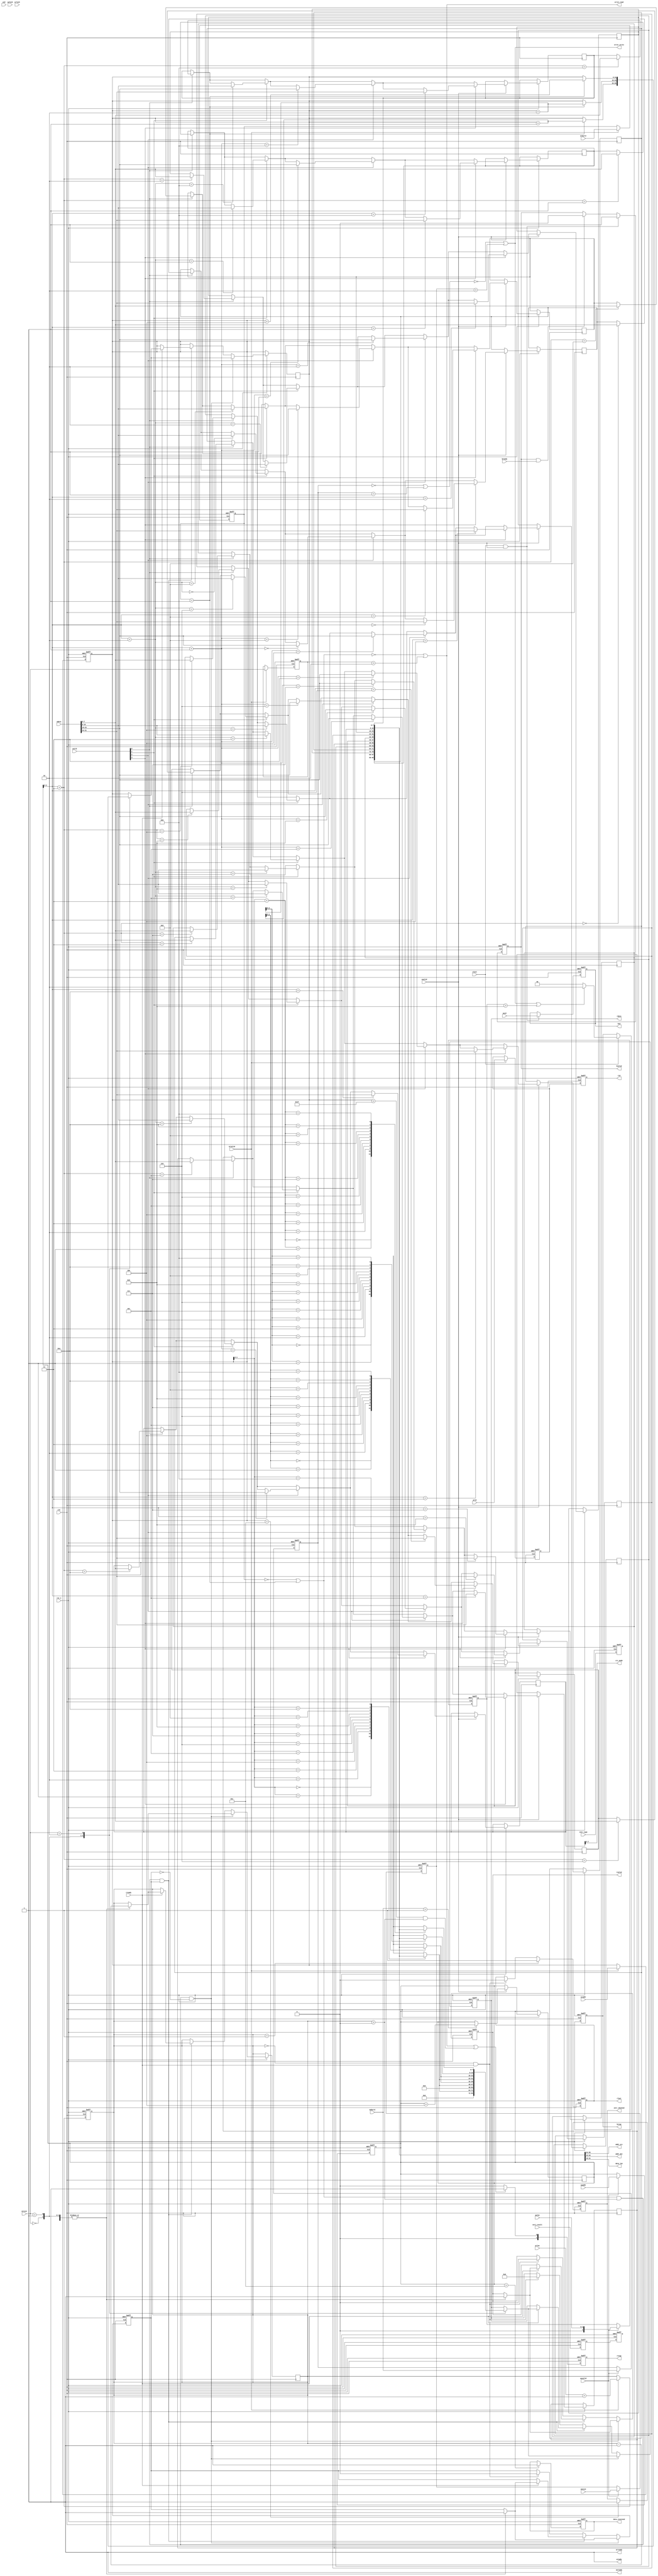
/***********************************************
#
#      Filename: AXI3_slv.v
#
#        Author: lixiaofei
#   Description: AXI SLAVE FOR BOTH READ AND WRITE
#        Create: 2019-05-16 14:24:33
#     Copyright: 302-2 Studio
***********************************************/
module AXI3_slv#(

parameter ADDR_WIDTH=32,
parameter DATA_WIDTH=32

)
(
input           clk,
input           rst_n,

output reg      data_received,                //slave has received configdata.
output reg      intr_checked,                 //software has checked the intr.

output          [31:0]addr_src,               //source addr of raw data
output          [31:0]addr_dst,               //destination addr to write raw data and crc code
output          [15:0]data_len,               //the length of raw data
output          [2:0]crc_mode,                //crc-8 crc-12 crc-16 crc-ccitt

input           [1:0]veri_result,             //verification resulr
input           [5:0]intr_type,               //6 types of intrrupt
output          error_read,                   //error to read 
output          error_write,                  //error to write

// write addr channel

output          awready,

input           [3:0]awid,
input           [ADDR_WIDTH-1:0]awaddr,
input           [3:0]awlen,
input           [2:0]awsize,
input           [1:0]awburst,
input           [1:0]awlock,          
input           awvalid,

// write data channel

output          wready,

input           [3:0]wid,
input           [DATA_WIDTH-1:0]wdata,
input           [3:0]wstrb,
input           wlast,
input           wvalid,

// write response channel

output       reg [3:0]bid,
output       reg [1:0]bresp,
output       reg bvalid,

input        bready,

// read addr channel
//
output          arready,

input           [3:0]arid,
input           [ADDR_WIDTH-1:0]araddr,
input           [3:0]arlen,
input           [2:0]arsize,
input           [1:0]arburst,
input           [1:0]arlock,
           
           
input           arvalid,

// read data channel
//
output       reg [3:0]rid,
output       reg [DATA_WIDTH-1:0]rdata,
output       reg [1:0]rresp,
output       reg rlast,
output       reg rvalid,

input        rready     
);


reg write_flag;                                   //sign of whether the next data will wirte or not


reg read_time;
reg [7:0]reg_file[11:0];                          //for configdata


wire error1;
wire error2;
wire error3;
wire error4;


reg [3:0]arid_reg;
reg [ADDR_WIDTH-1:0]araddr_reg;
reg [4:0]arlen_reg;
reg [2:0]arsize_reg;
reg [1:0]arburst_reg;
reg [1:0]arlock_reg;


reg [3:0]awid_reg;
reg [ADDR_WIDTH-1:0]awaddr_reg;
reg [4:0]awlen_reg;
reg [2:0]awsize_reg;
reg [1:0]awburst_reg;
reg [1:0]awlock_reg;

reg [1:0]veri_result_reg;
//write addr channel

assign awready=1'b1;                           

assign wready=1'b1;                       

assign addr_src={reg_file[0],reg_file[1],reg_file[2],reg_file[3]};
assign addr_dst={reg_file[4],reg_file[5],reg_file[6],reg_file[7]};
assign data_len={reg_file[8],reg_file[9]};
assign crc_mode=reg_file[10][7:5];

assign error_read=error1||error2;
assign error_write=error3||error4;


always@(posedge clk,negedge rst_n) 
  if(~rst_n) begin
    reg_file[11][7:6]<=0;
    veri_result_reg<=0;
  end
  else begin
    reg_file[11][7:6]<=veri_result_reg;
    veri_result_reg<=veri_result;
  end

always@(posedge clk,negedge rst_n) 
  if(~rst_n) 
    reg_file[11][5:0]<=0;
  else
    reg_file[11][5:0]<=intr_type[5:0];



always@(posedge clk,negedge rst_n) begin
  if(~rst_n) begin
    awid_reg<=0;
    awaddr_reg<=0;
    awlen_reg<=0;
    awsize_reg<=0;
    awburst_reg<=0;
    awlock_reg<=0;
  end
  else if(awvalid&&awready) begin
    awid_reg<=awid;
    awaddr_reg<=awaddr;
    awlen_reg<=awlen;                              //!!!!!!!
    awsize_reg<=awsize;
    awburst_reg<=awburst;
    awlock_reg<=awlock;
  end
end

assign error3=~(awburst_reg==2'b00||awburst_reg==2'b01);
assign error4=(awsize_reg>3'b010);

// write data channel

always@(posedge clk,negedge rst_n) begin    
  if(~rst_n)
    write_flag<=0;
  else if(wvalid&&wready) begin
    write_flag<=1;
    if(wstrb[0]==1'b1)
      reg_file[awaddr_reg+3]<=wdata[7:0];
    if(wstrb[1]==1'b1)
      reg_file[awaddr_reg+2]<=wdata[15:8];
    if(wstrb[2]==1'b1)
      reg_file[awaddr_reg+1]<=wdata[23:16];
    if(wstrb[3]==1'b1)
      reg_file[awaddr_reg]<=wdata[31:24];
    if(awburst==2'b01)
      awaddr_reg<=awaddr_reg+4;
  end
end

always@(posedge clk,negedge rst_n)begin  
  if(~rst_n)
    data_received<=0;
  else if(awaddr_reg==32'd12)
    data_received<=1;
  else 
    data_received<=data_received;
end

always@(posedge clk,negedge rst_n)begin  
  if(~rst_n)
    intr_checked<=0;
  else if(araddr_reg==32'd12)
    intr_checked<=1;
  else 
    intr_checked<=intr_checked;
end


// write response channel signals

always@(posedge clk,negedge rst_n)
 if(~rst_n)
  bid<=3'b0;
 else if(wlast&&wvalid)
  bid<=awid;                                   


always@(posedge clk,negedge rst_n) begin 
 if(~rst_n)
   bresp<=2'b00;                                 //reset to okay   
 else if(wlast&&wready) begin
   if(error3||error4||awlen_reg>8)
     bresp<=2'b10;                                 //SLVERR
   else
     bresp<=2'b00;
   end
 else
   bresp<=bresp;
end

always@(posedge clk,negedge rst_n) begin 
 if(~rst_n)
   bvalid<=0;
 else if(wlast&&wvalid)
   bvalid<=1;
 else if(bvalid&&bready)
   bvalid<=0;
 else
   bvalid<=bvalid;
end




// read channel begin------------------------------------------------

assign arready=1'b1;                                          

always@(posedge clk,negedge rst_n) 
  if(~rst_n)
  begin
   arid_reg<=0;
   araddr_reg<=0;
   arlen_reg<=0;
   arsize_reg<=0;
   arburst_reg<=0;
   arlock_reg<=0;
 end
  else if(arvalid&&arready)
  begin                                             //pipeline
   arid_reg<=arid;
   araddr_reg<=araddr;
   arlen_reg<=arlen+1;                             
   arsize_reg<=arsize;
   arburst_reg<=arburst;
   arlock_reg<=arlock;
 end

assign error1=~(arburst_reg==2'b00||arburst_reg==2'b01);
assign error2=(arsize_reg>3'b010);



// read data channel signal
//
 always@(posedge clk,negedge rst_n) 
  if(~rst_n) 
   rid<=3'b000;
 else
   rid<=arid_reg;                                     //pipeline

// rresp

always@(posedge clk,negedge rst_n) 
  if(~rst_n)
    rresp<=2'b00;                                     //okay
  else if(error1||error2||(araddr_reg>32'd31&&arlen_reg>0))
    rresp<=2'b01;                                     //SLVERR
  else 
    rresp<=2'b00;
   




always@(posedge clk,negedge rst_n) begin                                                    //read data
  if(~rst_n)begin
   rdata<=32'b0;
   rvalid<=1'b0;
   read_time<=1'b0;
 end


   else if((arburst_reg==2'b01||arburst_reg==2'b00)&&arlen_reg>4'b0&&read_time==1'b0) begin                   
     case(arsize)
       3'b000:begin
     rdata<=reg_file[araddr_reg];
     rvalid<=1'b1;
     if(arburst_reg==2'b01)                                                                   //fixed or incr burst!
     araddr_reg<=araddr_reg+1;
     arlen_reg<=arlen_reg-1;
     read_time<=1'b1;
   end
       3'b001:begin
     rdata<={reg_file[araddr_reg],reg_file[araddr_reg+1]};
     rvalid<=1'b1;
     if(arburst_reg==2'b01)
     araddr_reg<=araddr_reg+2;
     arlen_reg<=arlen_reg-1;
     read_time<=1'b1;
   end
       3'b010:begin
     rdata<={reg_file[araddr_reg],reg_file[araddr_reg+1],reg_file[araddr_reg+2],reg_file[araddr_reg+3]};
     rvalid<=1'b1;
     if(arburst_reg==2'b01)
     araddr_reg<=araddr_reg+4;
     arlen_reg<=arlen_reg-1;
     read_time<=1'b1;
   end
   endcase
   end
   else if((arburst_reg==2'b01||arburst_reg==2'b00)&&arlen_reg>4'b0&&read_time==1'b1) begin  //if rready is 0,then hold the data and valid signal           
     if(rready) begin                                                                     //if rready is 1,then transfer the next data
     case(arsize)
       3'b000:begin
     rdata<=reg_file[araddr_reg];
     rvalid<=1'b1;
     if(arburst_reg==2'b01)
     araddr_reg<=araddr_reg+1;
     arlen_reg<=arlen_reg-1;
     read_time<=1'b1;
   end
       3'b001:begin
     rdata<={reg_file[araddr_reg],reg_file[araddr_reg+1]};
     rvalid<=1'b1;
     if(arburst_reg==2'b01)
     araddr_reg<=araddr_reg+2;
     arlen_reg<=arlen_reg-1;
     read_time<=1'b1;
   end
       3'b010:begin
     rdata<={reg_file[araddr_reg],reg_file[araddr_reg+1],reg_file[araddr_reg+2],reg_file[araddr_reg+3]};
     rvalid<=1'b1;
     if(arburst_reg==2'b01)
     araddr_reg<=araddr_reg+4;
     arlen_reg<=arlen_reg-1;
     read_time<=1'b1;
   end
   endcase
   end
   end
   else if(arlen_reg==5'b0&&rready==1) begin          //end of the burst
     rvalid<=1'b0;
     read_time<=1'b0;
     rdata<=32'b0;
   end
 end   //end of always

 always@(posedge clk,negedge rst_n) begin
  if(~rst_n)
    rlast<=1'b0;
  else if(arlen_reg==5'b1)                           //represent the last data to be read
    rlast<=1'b1;
  else if(arlen_reg==5'b0&&rready==1)
    rlast<=1'b0;
end
    
//read channel end----------------------------------------------------------

endmodule